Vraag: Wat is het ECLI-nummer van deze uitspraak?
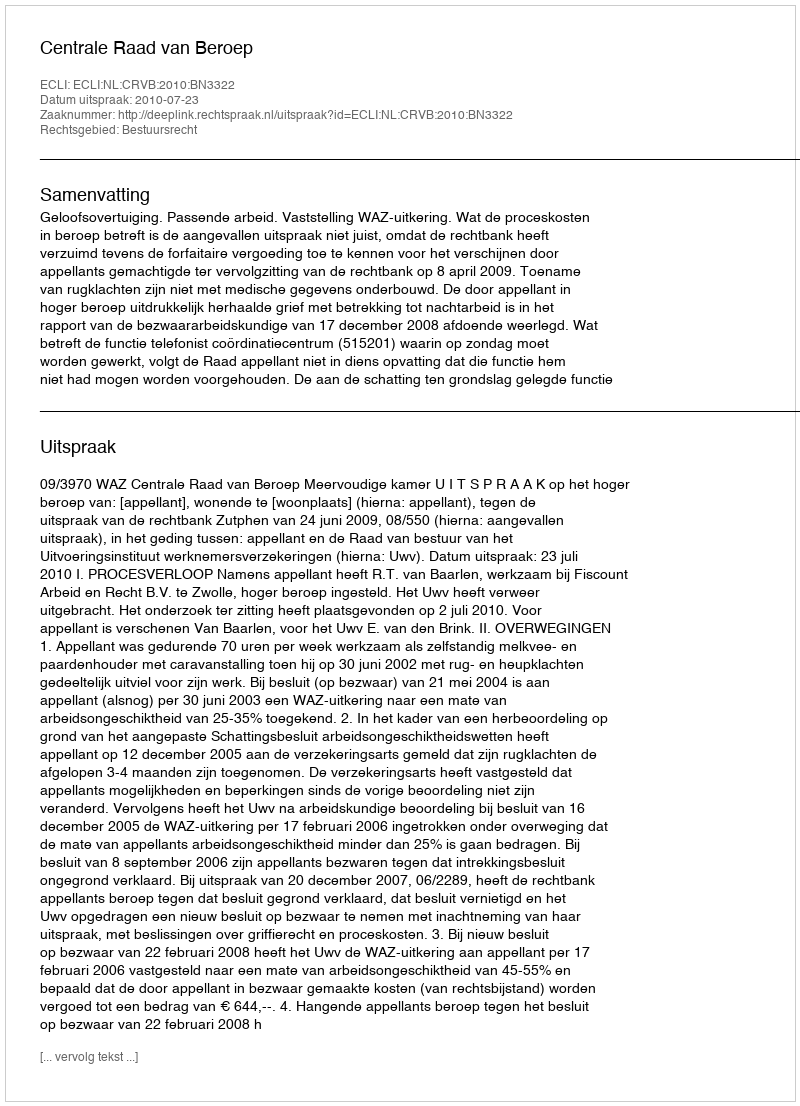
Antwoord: ECLI:NL:CRVB:2010:BN3322